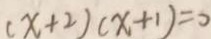
( x + 2 ) ( x + 1 ) = 0